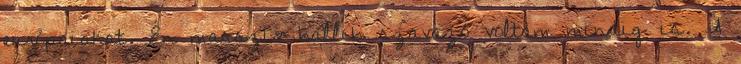
európaiakat. Én masszív ballib szavazó voltam mindig is. A